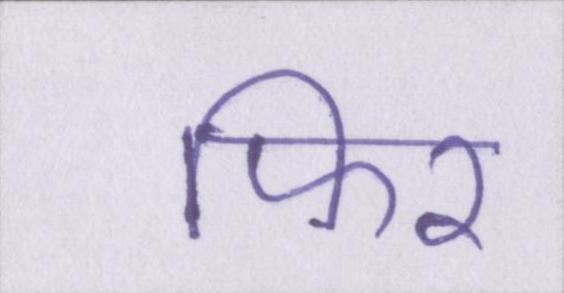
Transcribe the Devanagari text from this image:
फिर